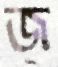
জ্